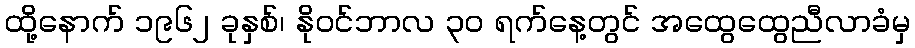
ထို့နောက် ၁၉၆၂ ခုနှစ်၊ နိုဝင်ဘာလ ၃၀ ရက်နေ့တွင် အထွေထွေညီလာခံမှ